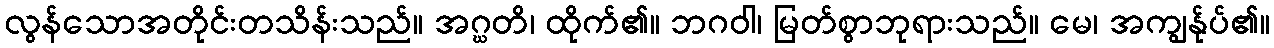
လွန်သောအတိုင်းတသိန်းသည်။ အဂ္ဃတိ၊ ထိုက်၏။ ဘဂဝါ၊ မြတ်စွာဘုရားသည်။ မေ၊ အကျွန်ုပ်၏။